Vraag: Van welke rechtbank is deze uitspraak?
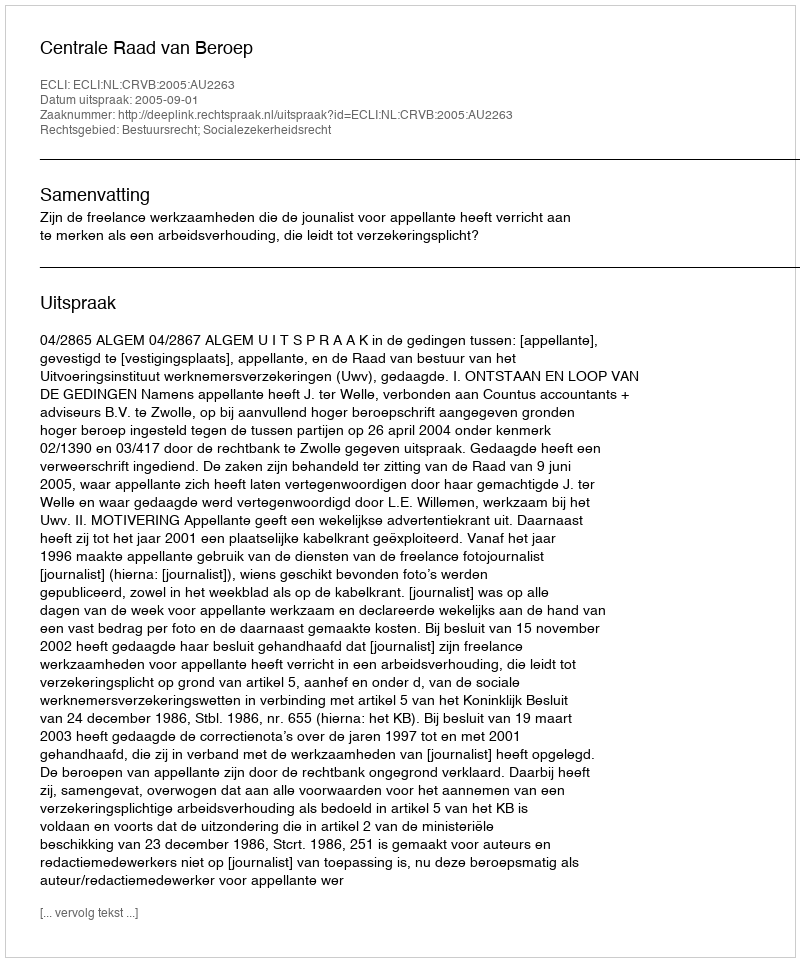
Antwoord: Centrale Raad van Beroep